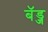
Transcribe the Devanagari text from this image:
बॅड्ज